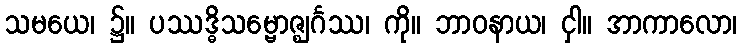
သမယေ၊ ၌။ ပဿဒ္ဓိသမ္ဗောဇ္ဈင်္ဂဿ၊ ကို။ ဘာဝနာယ၊ ငှါ။ အာကာလော၊